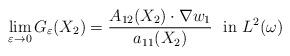
LaTeX: \begin{align*} \lim_{\varepsilon\to0} G_\varepsilon(X_2)=\frac{A_{12}(X_2)\cdot \nabla w_1}{a_{11}(X_2)}~\text{ in }L^2(\omega)\end{align*}